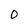
Character: D